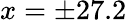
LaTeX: x=\pm 27.2